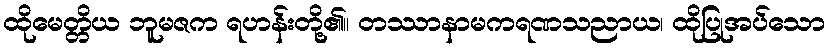
ထိုမေတ္တိယ ဘူမဇက ရဟန်းတို့၏။ တဿာနာမကရဏသညာယ၊ ထိုပြုအပ်သော